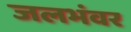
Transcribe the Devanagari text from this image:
जलभंवर